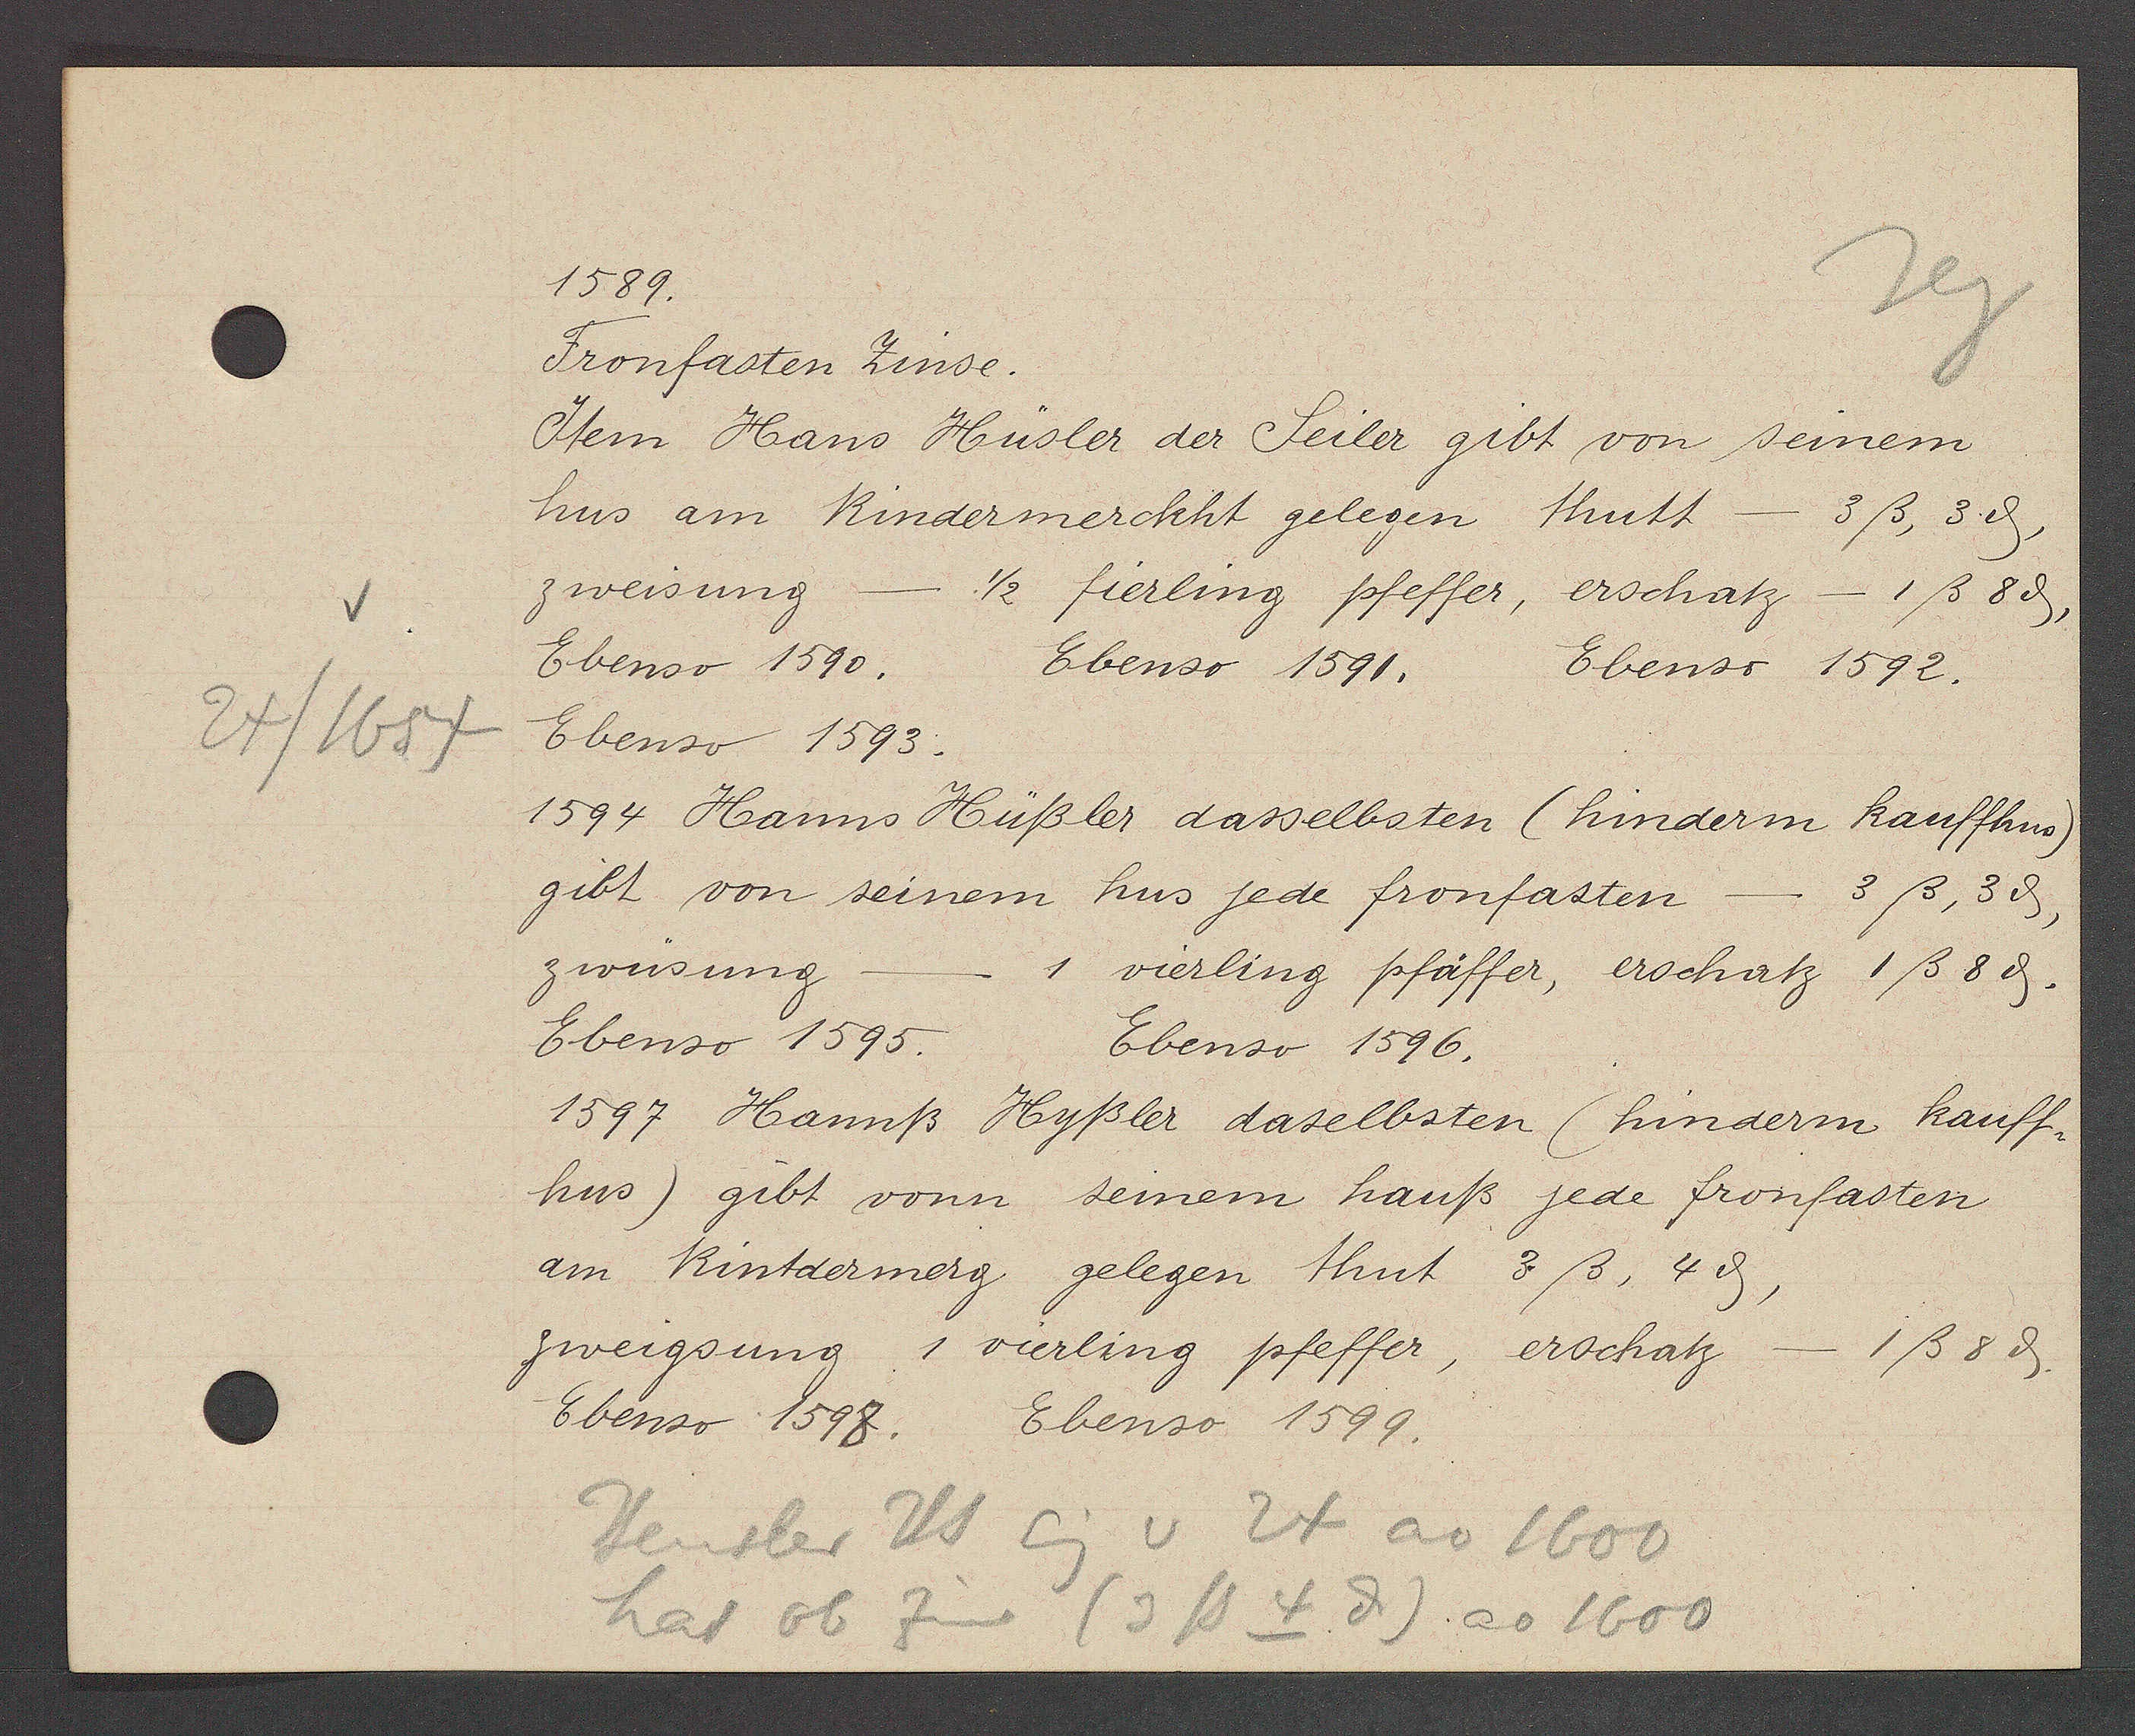
Transcript:
24/1654

1589.

Fronfasten Zinse.
Item Hans Hüsler der Seiler gibt von seinem
hus am Rindermerckht gelegen thutt-
3ß, 3ȡ,
zweisung
1/2 fierling pfeffer, erschatz - 1ß 8ȡ,
Ebenso 1592.
Ebenso 1590.
Ebenso 1591.
Ebenso 1593.
1594 Hanns Hüßler dasselbsten (hindern kauffhus)
gibt von seinem hus jede fronfasten - 3ß, 3 ȡ,
zwüsung.
1 vierling pfäffer, erschatz 1ß 8ȡ.
Ebenso 1595.
Ebenso 1596.
1597 Hannß Hyßler daselbsten (hinderm kauff¬
Ebenso 1599.
Ebenso 1598.
- 1ß 8 ȡ.
zweigsung 1 vierling pfeffer, erschatz
am Rintdermerg gelegen thut 3ß, 4ȡ,
hus) gibt vonn seinem hauß jede fronfasten

Heusler Hs
Eig v 24 ao 1600
hat ob
(3ß 4ȡ) ao 1600